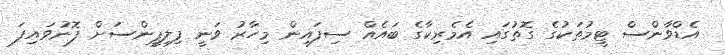
އެޑްވާންސް ޓީމުތަކުގެ ގޮތުގައި އެމެރިކާގެ ބައެއް ސިފައިން މިހާރު ވަނީ ފިލިޕީންސަށް ފޮނުވައިފަ